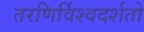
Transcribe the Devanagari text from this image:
तरणिर्विश्वदर्शतो